Lunatic asylums Central Provinces reports 1910-1926 - 1910-1926
Year: 1910
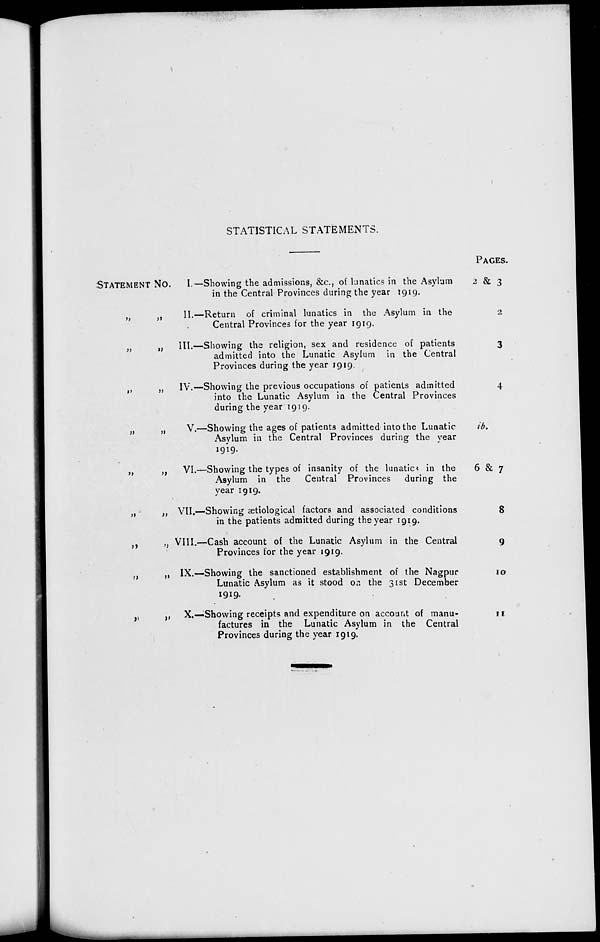
STATISTICAL STATEMENTS.
STATEMENT No.
„ „
„ „
„ „
„ „
„ „
„ „
„ „
„ „
„ „
I.—
II.—
III.—
IV.—
V.—
VI.—
VII.—
VIII.—
IX.—
X.—
Showing the admissions, &c., of lunatics in the Asylum
in the Central Provinces during the year 1919.
Return of criminal lunatics in the Asylum in the
Central Provinces for the year 1919.
Showing the religion, sex and residence of patients
admitted into the Lunatic Asylum in the Central
Provinces during the year 1919.
Showing the previous occupations of patients admitted
into the Lunatic Asylum in the Central Provinces
during the year 1919.
Showing the ages of patients admitted into the Lunatic
Asylum in the Central Provinces during the year
1919.
Showing the types of insanity of the lunatics in the
Asylum in the Central Provinces during the
year 1919.
Showing ætiological factors and associated conditions
in the patients admitted during the year 1919.
Cash account of the Lunatic Asylum in the Central
Provinces for the year 1919.
Showing the sanctioned establishment of the Nagpur
Lunatic Asylum as it stood on the 31st December
1919.
Showing receipts and expenditure on account of manu-
factures in the Lunatic Asylum in the Central
Provinces during the year 1919.
PAGES.
2 & 3
2
3
4
ib.
6 & 7
8
9
10
11